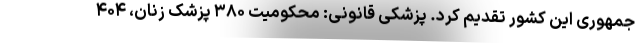
جمهوری این کشور تقدیم کرد. پزشکی قانونی: محکومیت ۳۸۰ پزشک زنان، ۴۰۴